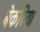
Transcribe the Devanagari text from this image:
बेकरिया